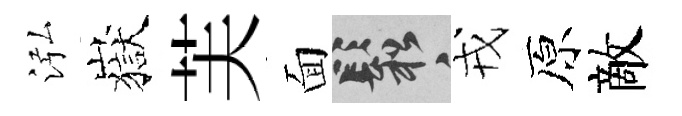
泓嶽芙面鬆戎原敵